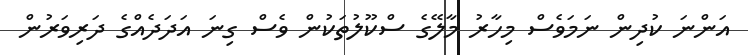
އަންނަ ކުދިން ނަމަވެސް މިހާރު މާލޭގެ ސްކޫލުތަކުން ވެސް ގިނަ އަދަދެއްގެ ދަރިވަރުން